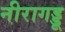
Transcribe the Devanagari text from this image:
नीरागड्डू